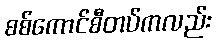
စစ်ကောင်စီတပ်ကလည်း